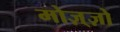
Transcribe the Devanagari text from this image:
मोज़्ज़ो